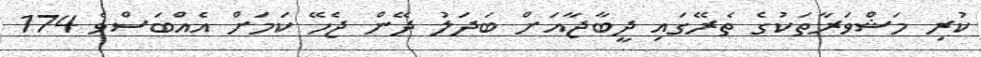
ކުރި މަޝްވަރާތަކުގެ ތެރޭގައި ދީބާޖާއަށް ބަދަލު ދޭން ޖެހޭ ކަމަށް އެއްބަސްވެ 174